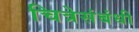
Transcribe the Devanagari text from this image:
चित्रेसंबंधी